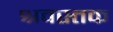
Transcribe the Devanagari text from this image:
श्रवस्तक